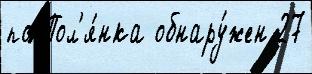
по Пол'я́нка обнару́жен 27